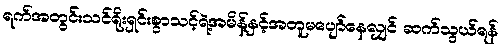
ရက်အတွင်းသင်ရိုးရှင်းစွာသင့်ရဲ့အမိန့်နှင့်အတူမပျော်နေလျှင် ဆက်သွယ်ရန်